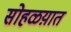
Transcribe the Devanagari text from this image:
सोहळय़ात